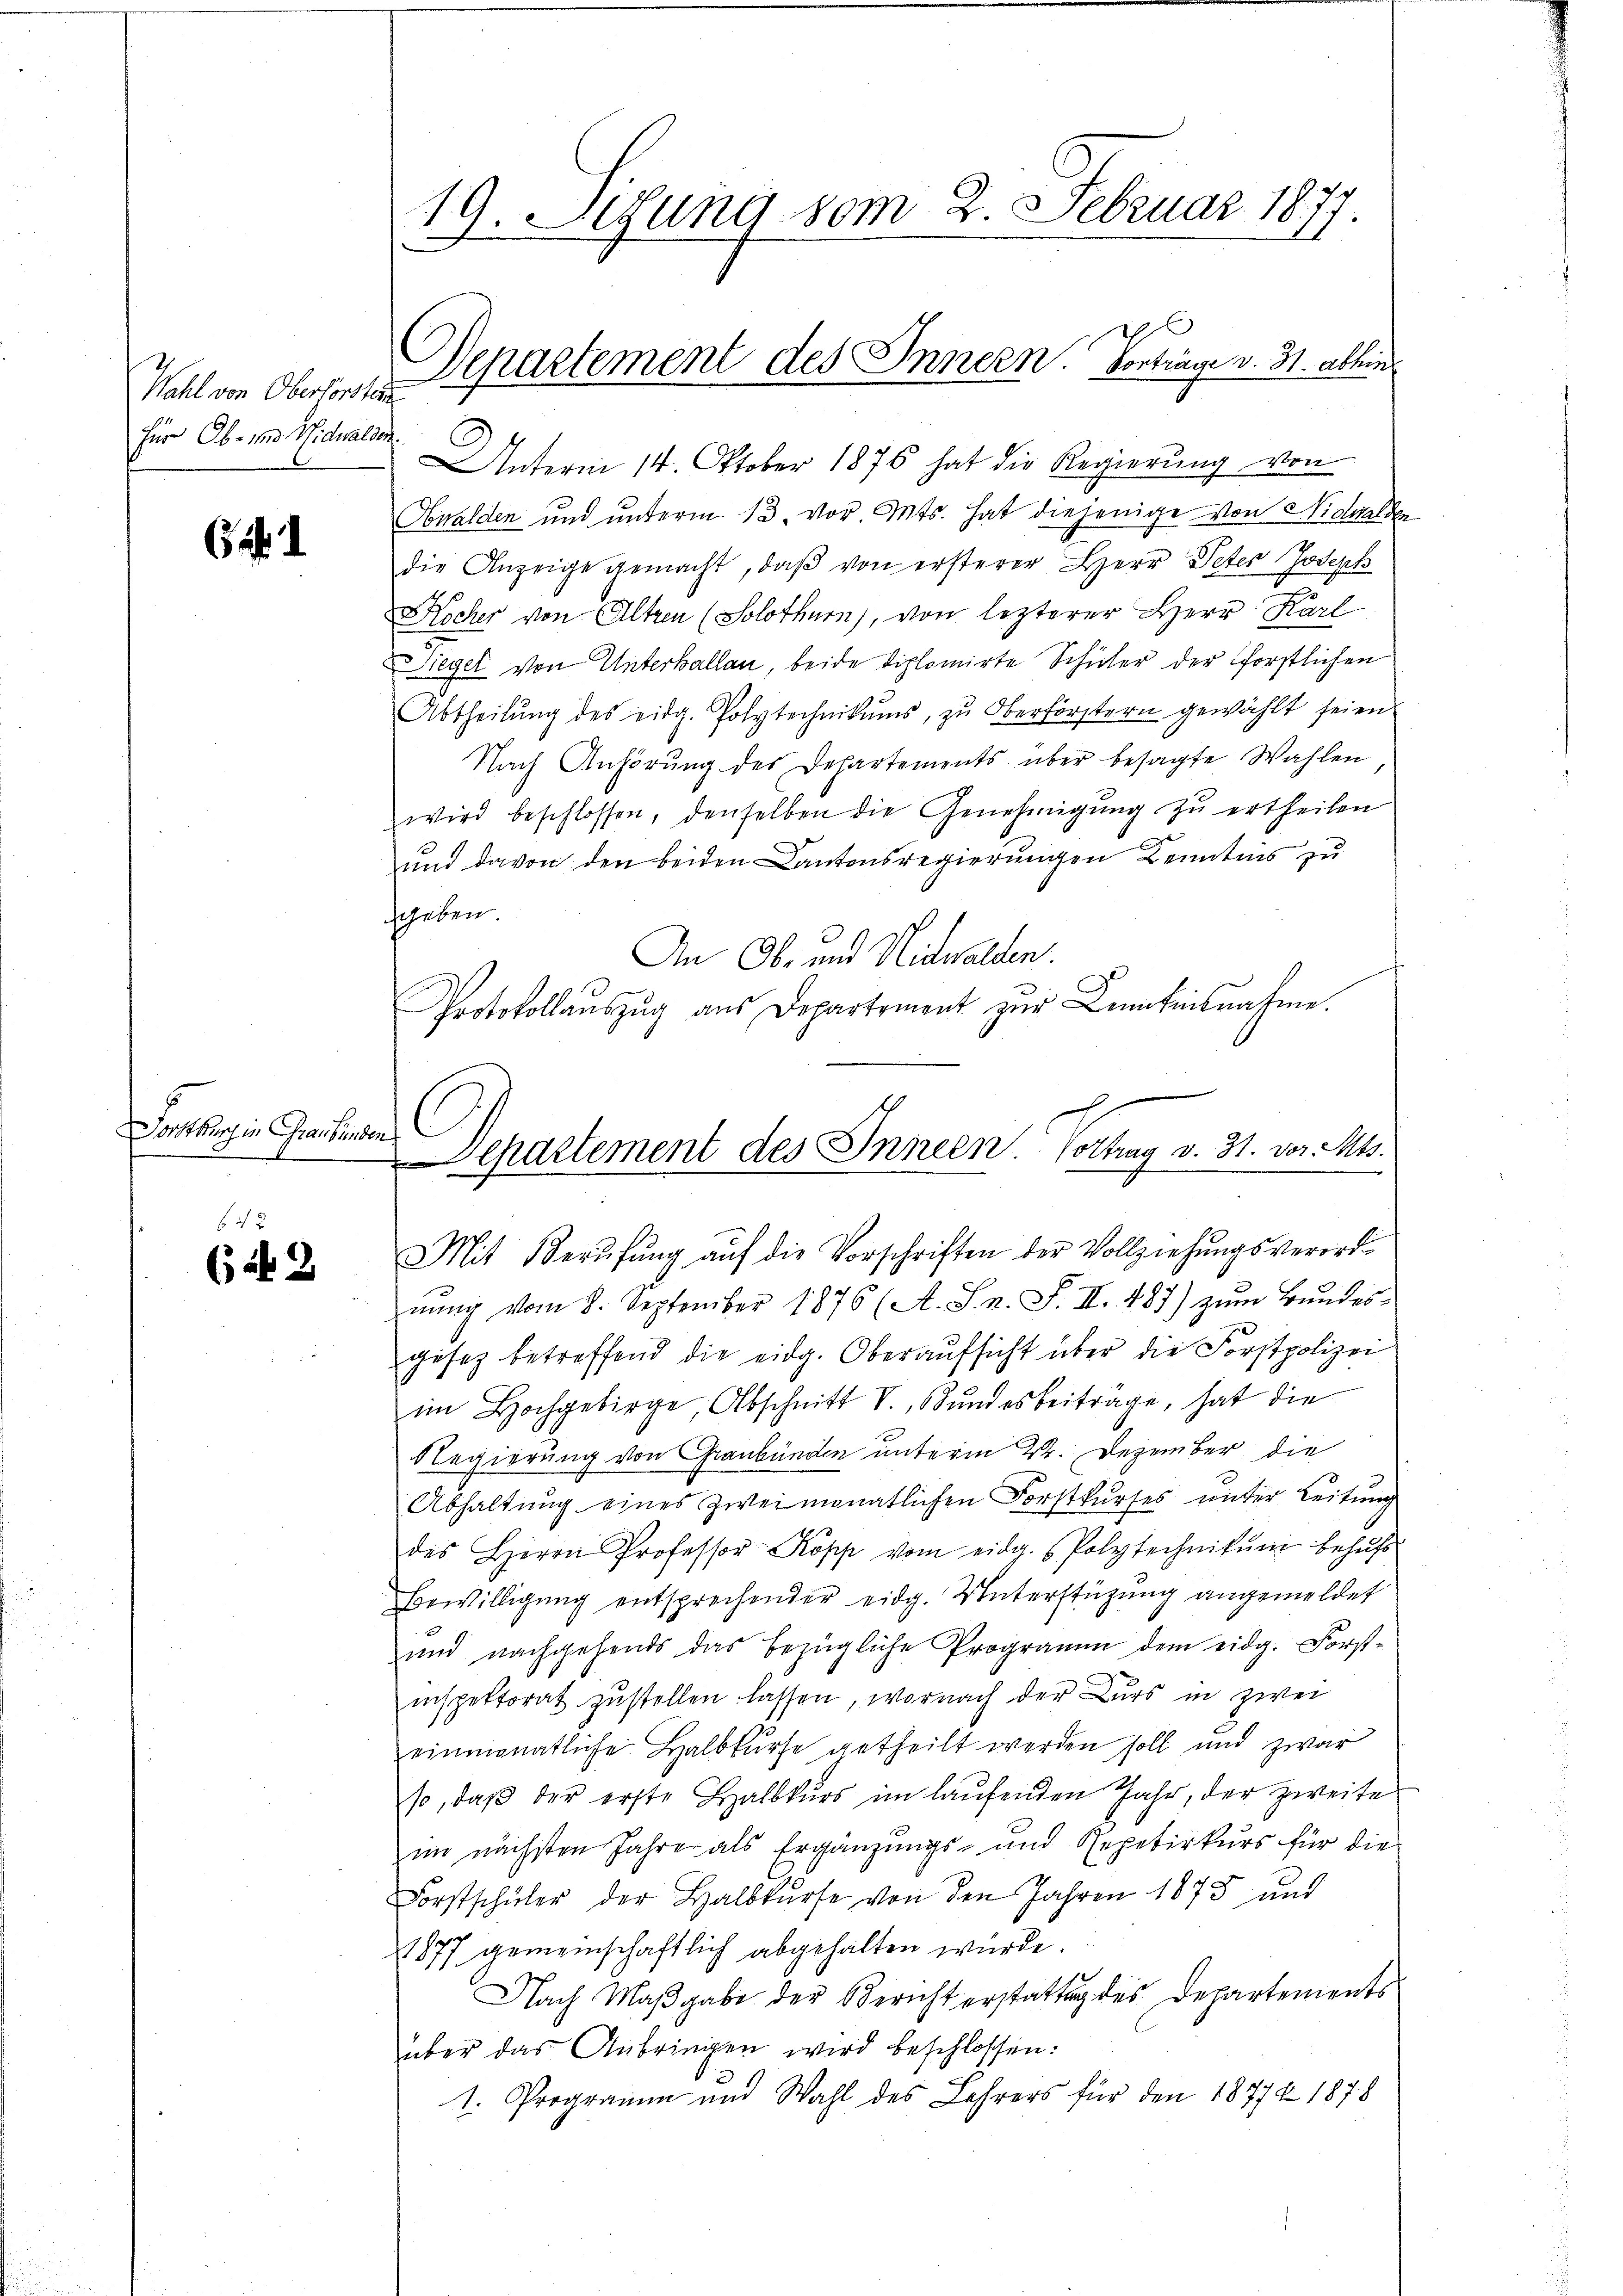
Wahl von Oberforsten
für Ob- und Nidwalden

a

Soneburg in Graubünden

64 x
(2

19. Setung vom 2. Februar 1877.

Unterm 14. Oktober 1876 hat die Regierung von
Awalden und unterm 13. vor. Mts. hat diejenige von Nidwalder
die Anzeige gemacht, daβ von ersterer Herr Peter Joseph
Kocher von Altzen (Solothurn, von lezterer Herr Karl
iegel von Unterballan, beide diplomirte Schüler der förstlichen
Abtheilŭng des eidg. Polytechnikums, zŭ Oberförstern gewählt seien
Nach Anhörung des Departements über besagte Wahlen
wird beschlossen, denselben die Genehmigŭng zŭ ertheilen
und davon den beiden Cantonsregierungen Kenntnis zu
geben
An Ob- und Nidwalden.
Protokollauszug aus Departement zur Kenntnisnahme.

Departement des Innern. Vortrage v. M. ablein

Separtement des Innern. Vortrag v. 31. vor. Mts.

Mit Berufung auf die Vorschriften der Vollziehungsverord¬

nŭng vom 8. September 1876 (A. S. n. F. II. 487) zum Bundes-
gesez betreffend die eidg. Oberaufsicht über die Forstpolizei
im Hochgebirge, Abschnitt V., Bŭndesbeitrage, hat die
Regierung von Graubünden unterm 24. Dezember die
Abhaltŭng eines zweimonatlichen Forstkŭrses unter Leitung
des Herrn Professor Kopp vom eidg. Polytechnikum behufs
Bewilligung entsprechender eidg. Unterstützung angemeldet
und nachgehends das bezügliche Programm dem eidg. Forst-
inspektorat zustellen lassen, wornach der Kurs in zwei
einmonatliche Halbkurse getheilt werden soll und zwar
so, daβ der erste Halbkŭrs im laŭfenden Jahr, der zweite
im nächsten Jahre als Ergänzungs- und Repetirkŭrs für die
Forstschüler der Halbkurse von den Jahren 1875 und
1877 gemeinschaftlich abgehalten wurde.
Nach Maßgabe der Bericht erstattung des Departements
über das Anbringen wird beschlossen:
1. Programm und Wahl des Lehrers für den 1877 x 1878